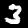
Digit: 3